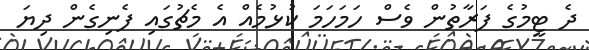
ދެ ޓީމުގެ ފަރާތުން ވެސް ހަމަހަމަ ކުޅުމެއް އެ މެޗުގައި ފެނިގެން ދިޔަ